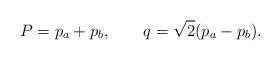
LaTeX: \begin{align*}P = p_{a} + p_{b} , \qquad q = \sqrt{2}(p_{a} - p_{b}) .\end{align*}